Lunatic asylums Bombay report 1891-1903 - 1891-1903
Year: 1891
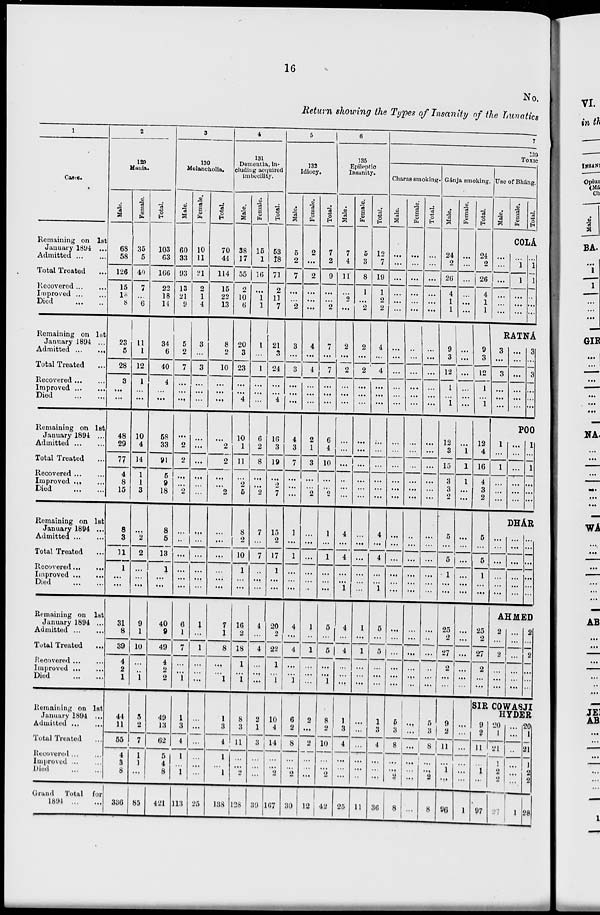
16
No.
Return showing the Types of Insanity of the Lunatics
1
Cases.
Remaining on 1st
January 1894 ...
Admitted
...
...
Total Treated ...
Recovered
...
...
Improved ... ...
Died
...
...
Remaining on 1st
January 1894 ...
Admitted ...
...
Total Treated ...
Recovered
...
...
Improved
...
...
Died
...
...
Remaining on 1st
January 1894 ...
Admitted
...
...
Total Treated ...
Recovered
...
...
Improved ... ...
Died
...
...
Remaining on 1st
January 1894 ...
Admitted
...
...
Total Treated ...
Recovered ... ...
Improved ...
...
Died
...
...
Remaining on 1st
January 1894 ...
Admitted ... ...
Total Treated ...
Recovered
...
...
Improved ... ...
Died
...
...
Remaining on 1st
January 1894 ...
Admitted
...
...
Total Treated ...
Recovered ... ...
Improved ... ...
Died
...
...
Grand
Total for
1894
...
...
2
129
Mania.
Male.
68
58
126
15
18 8
23
5
28
3
...
...
48
29
77
4
8
15
8
3
11
1
...
...
31
8
39
4
2
1
44
11
55
4
3
8
336
Female.
35
5
40
7
...
6
11
1
12
1
...
...
10
4
14
1
1
3
...
2
2
...
...
...
9
1
10
...
...
1
5
2
7
1
1
...
85
Total.
103
63
166
22
18
14
34
6
40
4
...
...
58
33
91
5
9
18
8
5
13
1
...
...
40
9
49
4
2
2
49
13
62
5
4
8
421
3
130
Melancholia.
Male.
60
33
93
13
21
9
5
2
7
...
...
...
...
2
2
... ...
2
...
...
...
...
...
...
6
1
7
...
...
1
1
3
4
1
...
1
113
Female.
10
11
21
2
1
4
3
...
3
...
...
...
...
...
...
...
...
...
...
...
...
... ...
...
1
...
1
...
...
...
...
...
...
... ...
...
25
Total.
70
44
114
15
22
13
8
2
10
...
...
...
...
2
2
...
...
2
...
...
...
...
...
...
7
1
8
...
...
1
1
3
4
1
...
1
138
4
131
Dementia, in-
cluding acquired
imbecility.
Male.
38
17
55
2
10
6
20
3
23
...
...
4
10
1
11
...
2
5
8
2
10
1
...
...
16
2
18
1
...
1
8
3
11
... ...
2
128
Female.
15
1
16
...
1
1
1
...
1
...
...
...
6
2
8
... ...
2
7
...
7
...
...
...
4
...
4
...
... ...
2
1
3
... ...
...
39
Total.
53
18
71
2
11
7
21
3
24
...
...
4
16
3
19
... 2
7
15
2
17
1
... ...
20
2
22
1
...
1
10
4
14
... ...
2
167
5
132
Idiocy.
Male.
5
2
7
...
... 2
3
...
3
...
...
...
4
3
7
...
...
...
1
...
1
...
...
...
4
...
4
...
...
1
6
2
8
... ...
2
30
Female.
2
...
2
...
...
...
4
...
4
...
...
...
2
1
3
...
...
2
...
...
...
...
...
...
1
...
1
...
...
...
2
...
2
...
... ...
12
Total.
7
2
9
...
...
2
7
...
7
...
...
...
6
4
10
...
...
2
1
...
1
...
...
...
5
...
5
...
...
1
8
2
10
...
...
2
42
6
135
Epileptic
Insanity.
Male.
7
4
11
...
2
...
2
...
2
...
...
...
...
...
...
...
...
...
4
...
4
...
...
1
4
...
4
...
...
...
1
3
4
...
...
...
25
Female.
5
3
8
1
...
2
2
...
2
...
...
...
...
...
...
...
...
...
...
...
...
...
...
...
1
...
1
...
...
...
...
...
...
...
...
...
11
Total.
12
7
19
1
2
2
4
...
4
...
...
...
...
...
...
...
...
...
4
...
4
...
...
1
5
...
5
...
...
...
1
3
4
...
...
...
36
7
139
TOXIC
Charas smoking.
Male.
...
...
...
...
...
...
...
...
...
...
...
...
...
...
...
...
...
...
...
...
...
...
...
...
...
...
...
...
...
...
5
3
8
...
... 2
8
Female.
...
...
...
...
...
...
... ...
...
... ...
...
...
...
...
...
... ...
...
...
...
...
...
...
...
...
...
...
... ...
...
...
...
...
...
...
...
Total.
...
...
...
...
...
...
...
...
...
...
...
...
...
...
...
...
...
...
...
...
...
...
...
...
...
...
...
...
...
...
5
3
8
...
... 2
8
Gánja smoking.
Male.
24
2
26
4
1
1
9
3
12
1
...
1
12
3
15
3
3
2
5
...
5
1
...
...
25
2
27
2
...
...
9
2
11
...
1
...
96
Female.
...
...
...
...
...
...
...
...
...
...
...
...
...
1
1
1
...
...
...
...
...
...
...
...
...
...
...
...
... ...
...
...
...
...
...
...
1
Total.
24
2
26
4
1
1
9
3
12
1
...
1
12
4
16
4
3
2
5
...
5
1
...
...
25
2
27
2
...
...
Use of Bháng.
Male.
Female.
Total.
COLÁ
...
...
...
...
...
...
...
1
1
...
... ...
...
1
1
...
...
...
RATNÁ
3
...
3
...
...
...
...
...
...
...
...
...
3
...
3
...
...
...
POO
1
...
1
...
...
...
...
...
...
...
...
...
1
...
1
...
...
...
DHÁR
...
...
...
...
...
...
...
...
...
...
...
...
...
...
...
...
...
...
AHMED
2
...
2
...
...
...
...
...
...
...
...
...
2
...
2
...
...
...
SIR COWASJI
HYDER
9
2
11
...
1
...
97
20
1
21
1
2
2
27
...
...
...
...
...
...
1
20
1
21
1
2
2
28